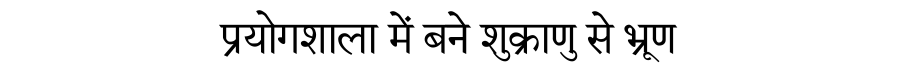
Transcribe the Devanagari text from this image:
प्रयोगशाला में बने शुक्राणु से भ्रूण